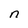
Character: n